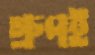
গ্রুপই